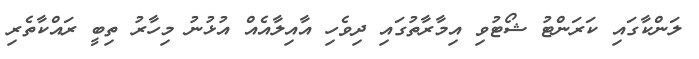
ލަންކާގައި ކަރަންޓު ޝޯޓުވި އިމާރާތުގައި ދިވެހި އާއިލާއެއް އުޅުނު މިހާރު ތިބީ ރައްކާތެރި